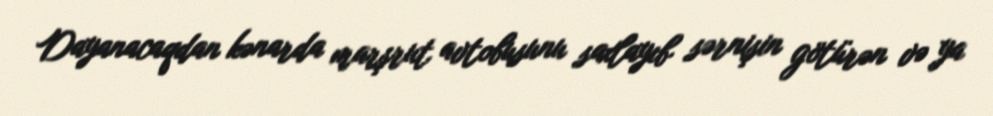
Dayanacaqdan kənarda marşrut avtobusunu saxlayıb sərnişin götürən və ya